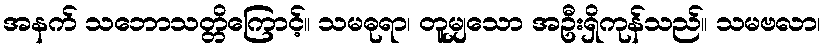
အနက် သဘောသတ္တိကြောင့်။ သမဓုရာ၊ တူမျှသော အဦးရှိကုန်သည်။ သမဗလာ၊